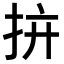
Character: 𢪴